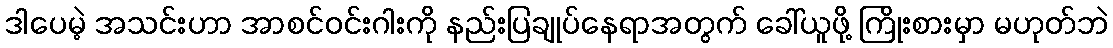
ဒါပေမဲ့ အသင်းဟာ အာစင်ဝင်းဂါးကို နည်းပြချုပ်နေရာအတွက် ခေါ်ယူဖို့ ကြိုးစားမှာ မဟုတ်ဘဲ